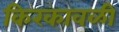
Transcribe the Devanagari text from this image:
किरकावळी